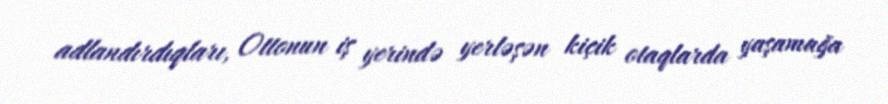
adlandırdıqları, Ottonun iş yerində yerləşən kiçik otaqlarda yaşamağa